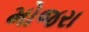
મોજરા